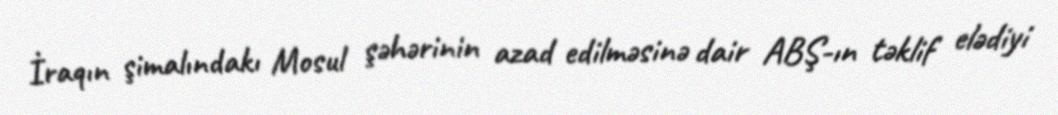
İraqın şimalındakı Mosul şəhərinin azad edilməsinə dair ABŞ-ın təklif elədiyi